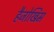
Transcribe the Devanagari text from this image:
हैजोखिम